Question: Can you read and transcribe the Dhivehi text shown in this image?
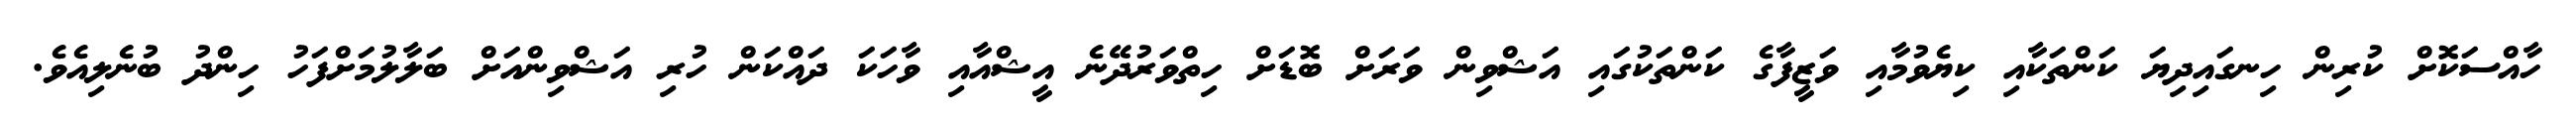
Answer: ހާއްސަކޮށް ކުރިން ހިނގައިދިޔަ ކަންތަކާއި ކިޔެވުމާއި ވަޒީފާގެ ކަންތަކުގައި އަޝްވިން ވަރަށް ބޮޑަށް ހިތްވަރުދޭނެ އީޝްއާއި ވާހަކަ ދައްކަން ހުރި އަޝްވިންއަށް ބަލާލުމަށްފަހު ހިންދު ބުނެލިއެވެ.